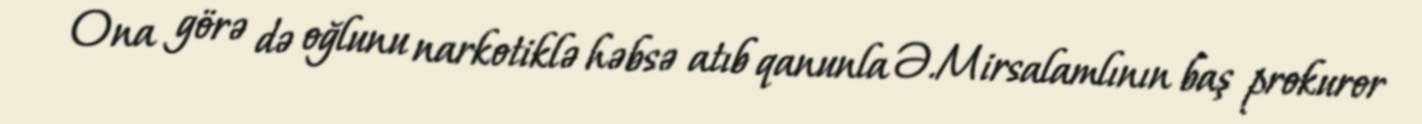
Ona görə də oğlunu narkotiklə həbsə atıb qanunla Ə.Mirsalamlının baş prokuror